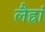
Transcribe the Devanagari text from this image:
लैह्रां